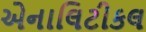
એનાલિટીકલ